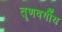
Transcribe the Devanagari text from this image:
तॄणवर्गीय